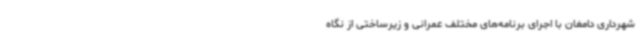
شهرداری دامغان با اجرای برنامه‌های مختلف عمرانی و زیرساختی از نگاه